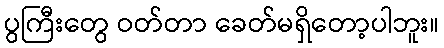
ပွကြီးတွေ ဝတ်တာ ခေတ်မရှိတော့ပါဘူး။